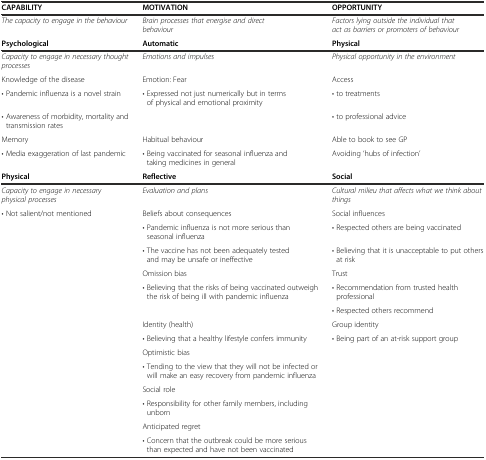
| CAPABILITY | MOTIVATION | OPPORTUNITY |
 | --- | --- | --- |
 | The capacity to engage in the behaviour | Brain processes that energise and direct behaviour | Factors lying outside the individual that act as barriers or promoters of behaviour |
 | Psychological | Automatic | Physical |
 | Capacity to engage in necessary thought processes | Emotions and impulses | Physical opportunity in the environment |
 | Knowledge of the disease | Emotion: Fear | Access |
 | • Pandemic influenza is a novel strain | • Expressed not just numerically but in terms of physical and emotional proximity | • to treatments |
 | • Awareness of morbidity, mortality and transmission rates |  | • to professional advice |
 | Memory | Habitual behaviour | Able to book to see GP |
 | • Media exaggeration of last pandemic | • Being vaccinated for seasonal influenza and taking medicines in general | Avoiding ‘hubs of infection’ |
 | Physical | Reflective | Social |
 | Capacity to engage in necessary physical processes | Evaluation and plans | Cultural milieu that affects what we think about things |
 | • Not salient/not mentioned | Beliefs about consequences | Social influences |
 |  | • Pandemic influenza is not more serious than seasonal influenza | • Respected others are being vaccinated |
 |  | • The vaccine has not been adequately tested and may be unsafe or ineffective | • Believing that it is unacceptable to put others at risk |
 |  | Omission bias | Trust |
 |  | • Believing that the risks of being vaccinated outweigh the risk of being ill with pandemic influenza | • Recommendation from trusted health professional |
 |  |  | • Respected others recommend |
 |  | Identity (health) | Group identity |
 |  | • Believing that a healthy lifestyle confers immunity | • Being part of an at-risk support group |
 |  | Optimistic bias |  |
 |  | • Tending to the view that they will not be infected or will make an easy recovery from pandemic influenza |  |
 |  | Social role |  |
 |  | • Responsibility for other family members, including unborn |  |
 |  | Anticipated regret |  |
 |  | • Concern that the outbreak could be more serious than expected and have not been vaccinated |  |